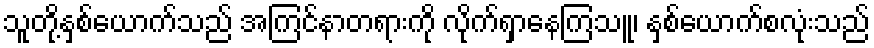
သူတို့နှစ်ယောက်သည် အကြင်နာတရားကို လိုက်ရှာနေကြသူ၊ နှစ်ယောက်စလုံးသည်